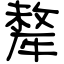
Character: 犛